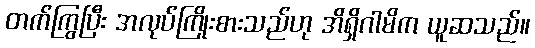
တက်ကြွပြီး အလုပ်ကြိုးစားသည်ဟု အိရှိဂါမိက ယူဆသည်။